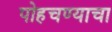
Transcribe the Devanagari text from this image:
पोहचण्याचा